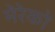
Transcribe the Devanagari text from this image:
मेरेको